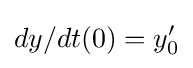
dy/dt(0)=y'_{0}